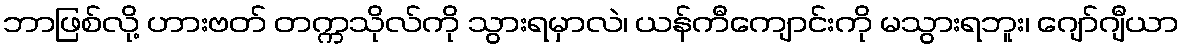
ဘာဖြစ်လို့ ဟားဗတ် တက္ကသိုလ်ကို သွားရမှာလဲ၊ ယန်ကီကျောင်းကို မသွားရဘူး၊ ဂျော်ဂျီယာ